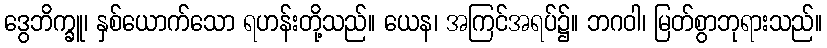
ဒွေဘိက္ခူ၊ နှစ်ယောက်သော ရဟန်းတို့သည်။ ယေန၊ အကြင်အရပ်၌။ ဘဂဝါ၊ မြတ်စွာဘုရားသည်။